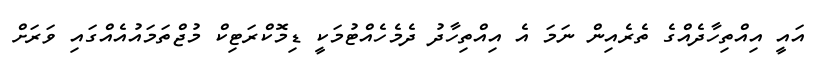
އައީ އިއްތިހާދެއްގެ ތެރެއިން ނަމަ އެ އިއްތިހާދު ދެމެހެއްޓުމަކީ ޑިމޮކްރަޓިކް މުޖްތަމައުއެއްގައި ވަރަށް